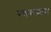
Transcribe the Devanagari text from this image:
गणयामास